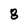
Character: 8